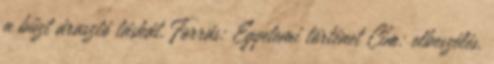
a bűzt árasztó táskát. Forrás: Egyetemi történet Cím: elbeszélés,